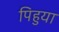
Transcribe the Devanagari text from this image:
पिहुया